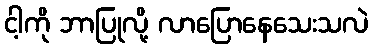
ငါ့ကို ဘာပြုလို့ လာပြောနေသေးသလဲ